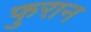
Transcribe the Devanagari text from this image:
फुरान